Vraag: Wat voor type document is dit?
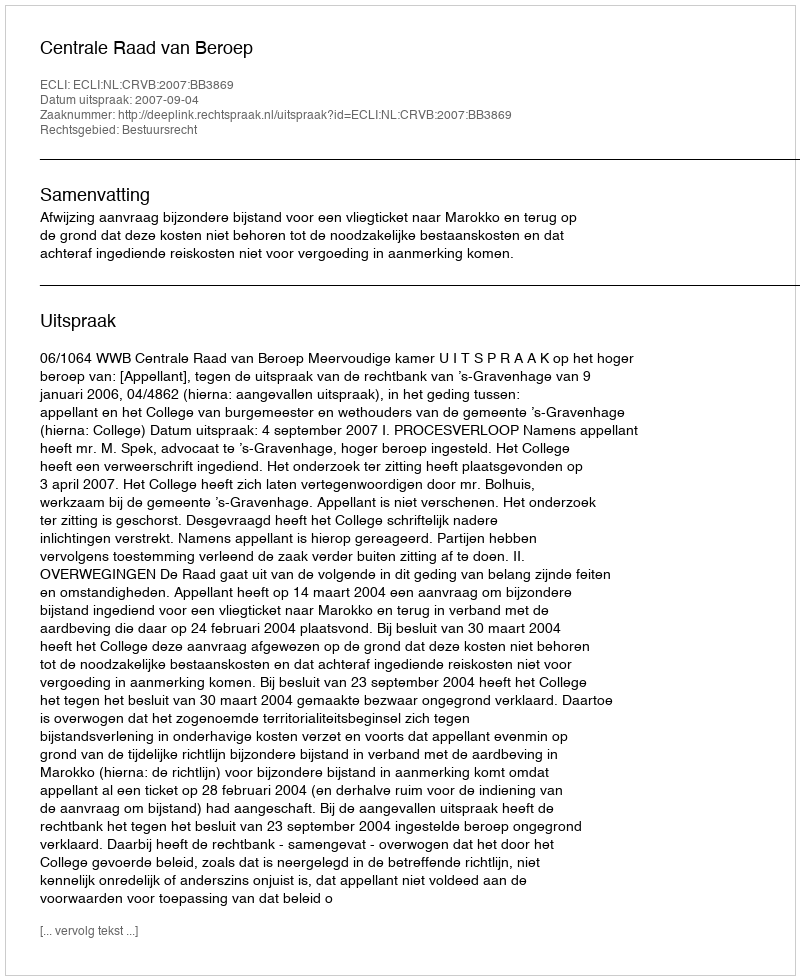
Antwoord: Uitspraak